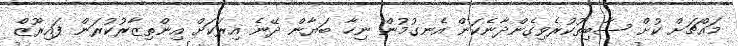
މައްޗަށް ކުށް ސާބިތުކުރެވިގެންދާނެކަން އެނގުމުން ނިހާ ބަޔާން ދޭނެ އިރަކަށް އިންތިޒާރުކުރަން ފައިރޫޒް